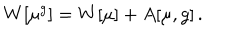
W [ \mu ^ { g } ] = W [ \mu ] + A [ \mu , g ] \, .